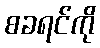
စခရင်ကို